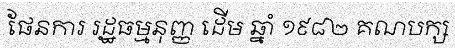
ផែនការ រដ្ឋធម្មនុញ្ញ ដើម ឆ្នាំ ១៩៨២ គណបក្ស